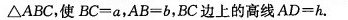
△ABC，使$$B C = a$$，$$A B = b$$，BC边上的高线$$A D = h$$.